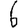
Digit: 6